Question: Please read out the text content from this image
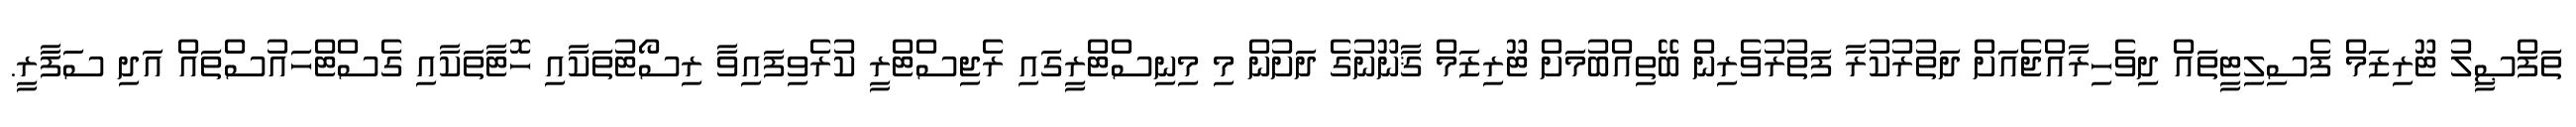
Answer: ތަފްޞީލު ޓޫރިޒަމް ފެސިލިޓީތައް ދިވެހިރާއްޖެއަށް ދަތުރުކުރާ ފަތުރުވެރިން ބޭތިއްބުމަށް ޓޫރިޒަމް ޤާނޫނުގެ ދަށުން މި މިނިސްޓްރީގައި ރެޖިސްޓްރީ ކުރެވިފައިވާ ރިސޯޓުތަކާއި ހޮޓާތަކާއި ގެސްޓްހައުސްތައް އަދި ސަފާރީ.